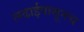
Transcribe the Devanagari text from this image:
लढाईपासूनच